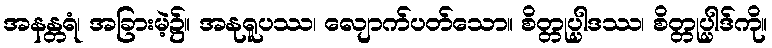
အနန္တရံ၊ အခြားမဲ့၌။ အနုရူပဿ၊ လျောက်ပတ်သော။ စိတ္တုပ္ပါဒဿ၊ စိတ္တုပ္ပါဒ်ကို။